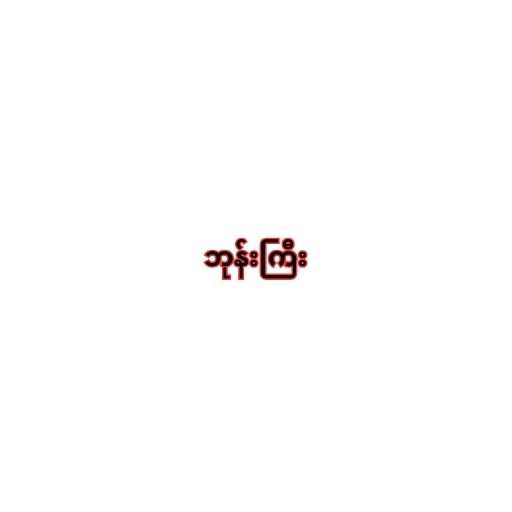
ဘုန်းကြီး